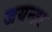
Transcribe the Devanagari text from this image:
जयन्ता